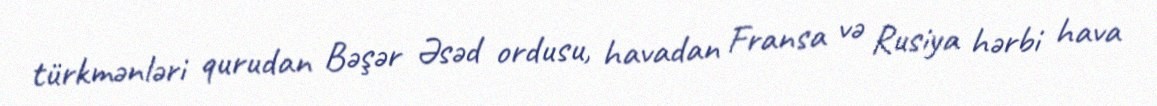
türkmənləri qurudan Bəşər Əsəd ordusu, havadan Fransa və Rusiya hərbi hava